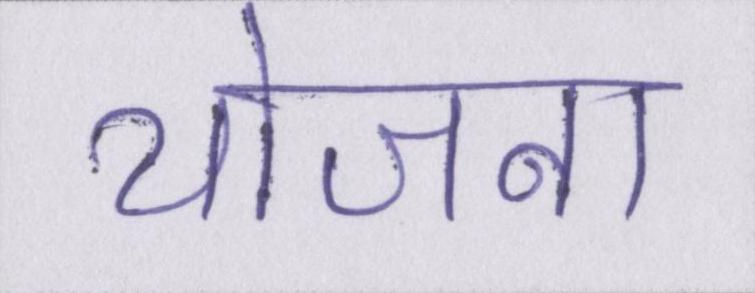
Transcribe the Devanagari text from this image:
योजना